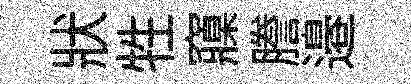
狀牲䆿謄邉